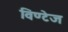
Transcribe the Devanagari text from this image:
विण्टेज